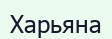
Харьяна